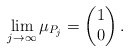
\begin{align*}\lim_{j \rightarrow \infty} \mu_{P_j} = \begin{pmatrix}1\\ 0\end{pmatrix}.\end{align*}